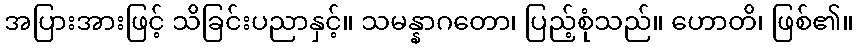
အပြားအားဖြင့် သိခြင်းပညာနှင့်။ သမန္နာဂတော၊ ပြည့်စုံသည်။ ဟောတိ၊ ဖြစ်၏။